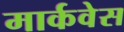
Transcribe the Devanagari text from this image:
मार्कवेस